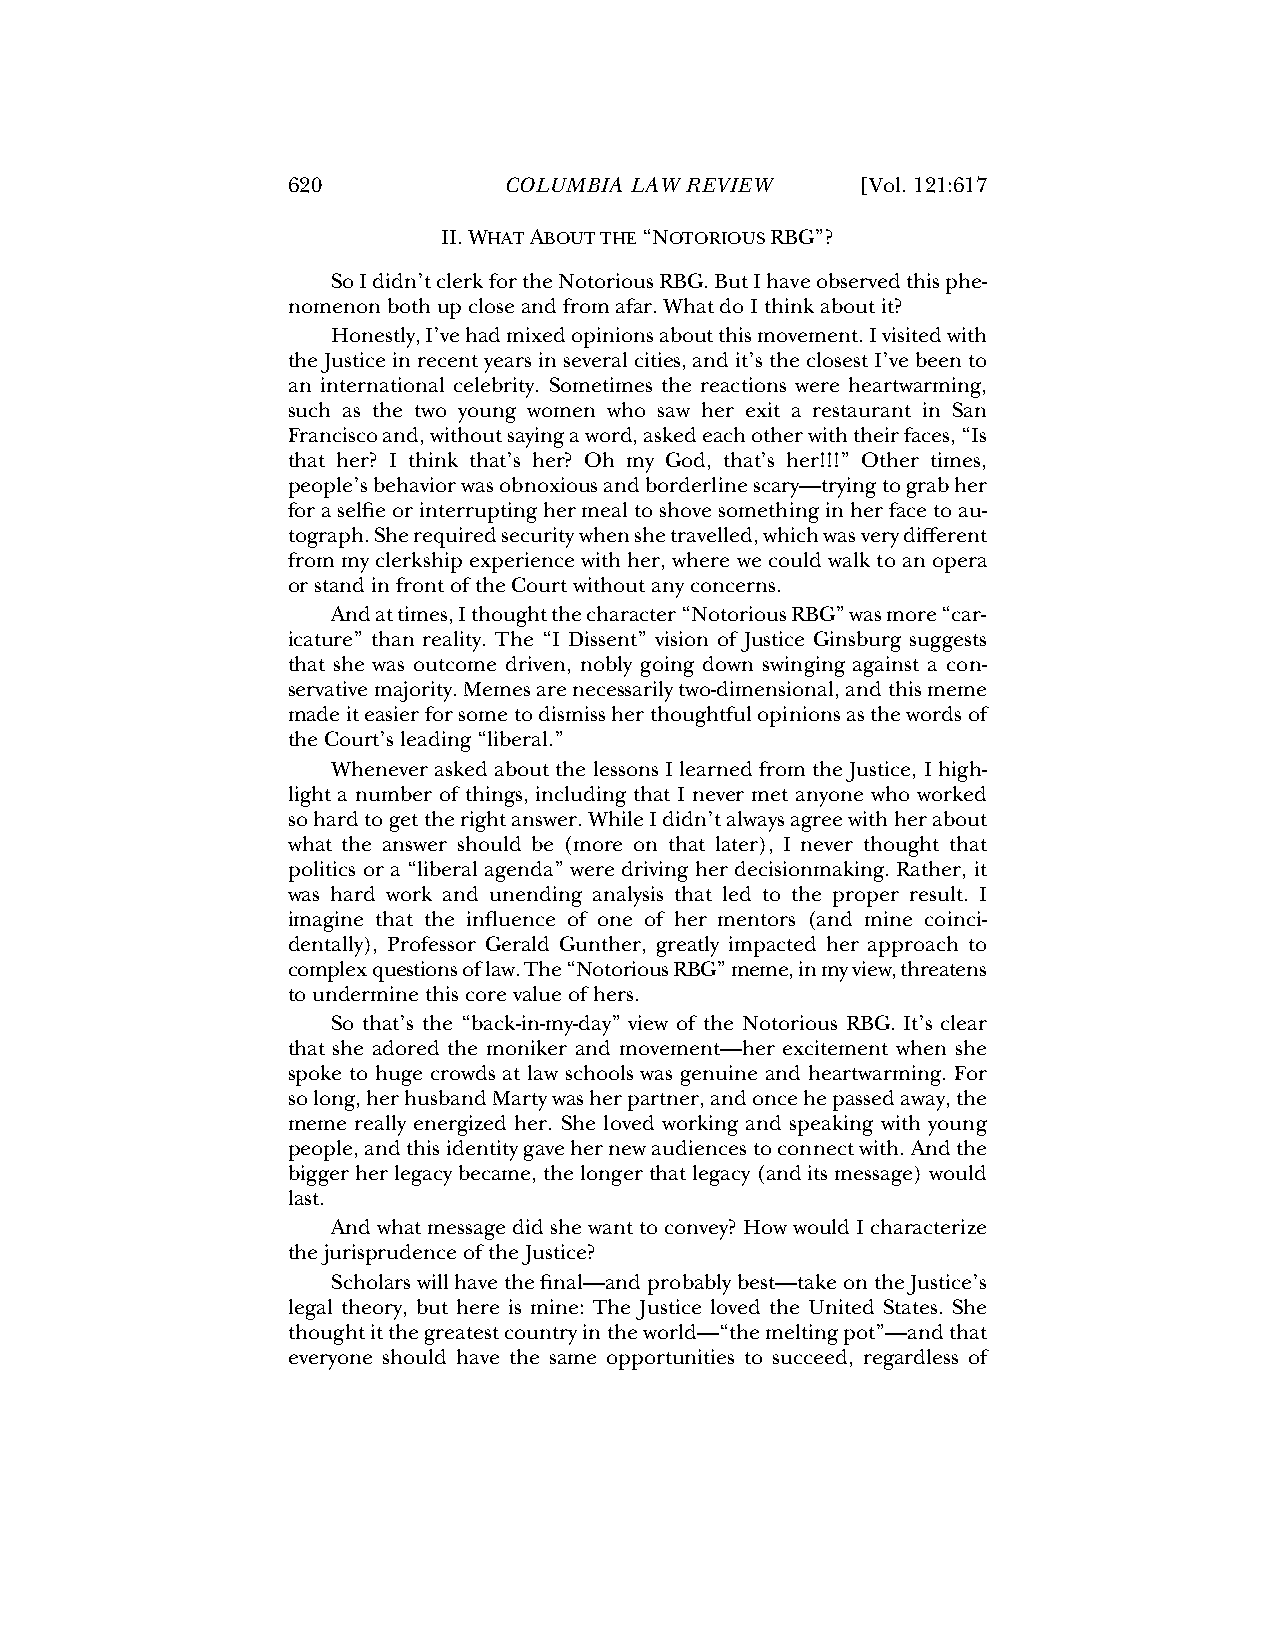
620           COLUMBIA LAW REVIEW     [Vol. 121:617
 II. WHAT ABOUT THE “NOTORIOUS RBG”?
 So I didn’t clerk for the Notorious RBG. But I have observed this phe-
 nomenon both up close and from afar. What do I think about it?
 Honestly, I’ve had mixed opinions about this movement. I visited with
 the Justice in recent years in several cities, and it’s the closest I’ve been to
 an international celebrity. Sometimes the reactions were heartwarming,
 such as the two young women who saw her exit a restaurant in San
 Francisco and, without saying a word, asked each other with their faces, “Is
 that her? I think that’s her? Oh my God, that’s her!!!” Other times,
 people’s behavior was obnoxious and borderline scary—trying to grab her
 for a selfie or interrupting her meal to shove something in her face to au-
 tograph. She required security when she travelled, which was very different
 from my clerkship experience with her, where we could walk to an opera
 or stand in front of the Court without any concerns.
 And at times, I thought the character “Notorious RBG” was more “car-
 icature” than reality. The “I Dissent” vision of Justice Ginsburg suggests
 that she was outcome driven, nobly going down swinging against a con-
 servative majority. Memes are necessarily two-dimensional, and this meme
 made it easier for some to dismiss her thoughtful opinions as the words of
 the Court’s leading “liberal.”
 Whenever asked about the lessons I learned from the Justice, I high-
 light a number of things, including that I never met anyone who worked
 so hard to get the right answer. While I didn’t always agree with her about
 what the answer should be (more on that later), I never thought that
 politics or a “liberal agenda” were driving her decisionmaking. Rather, it
 was hard work and unending analysis that led to the proper result. I
 imagine that the influence of one of her mentors (and mine coinci-
 dentally), Professor Gerald Gunther, greatly impacted her approach to
 complex questions of law. The “Notorious RBG” meme, in my view, threatens
 to undermine this core value of hers.
 So that’s the “back-in-my-day” view of the Notorious RBG. It’s clear
 that she adored the moniker and movement—her excitement when she
 spoke to huge crowds at law schools was genuine and heartwarming. For
 so long, her husband Marty was her partner, and once he passed away, the
 meme really energized her. She loved working and speaking with young
 people, and this identity gave her new audiences to connect with. And the
 bigger her legacy became, the longer that legacy (and its message) would
 last.
 And what message did she want to convey? How would I characterize
 the jurisprudence of the Justice?
 Scholars will have the final—and probably best—take on the Justice’s
 legal theory, but here is mine: The Justice loved the United States. She
 thought it the greatest country in the world—“the melting pot”—and that
 everyone should have the same opportunities to succeed, regardless of